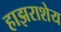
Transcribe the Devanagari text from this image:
हाझराशेय